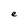
Character: e